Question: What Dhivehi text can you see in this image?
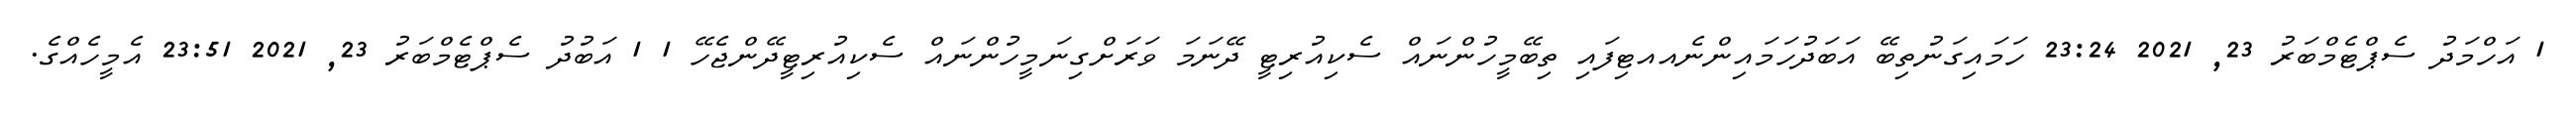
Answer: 1 އަހްމަދު ސެޕްޓެމްބަރު 23, 2021 23:24 ހަމައިގަނުތިބޭ އަބަދުހަމައިންނެއއޓިފައި ތިބޭމީހުންނައް ސެކިއުރިޓީ ދޭނަމަ ވަރަށްގިނަމީހުންނައް ސެކިއުރިޓީދޭންޖެހޭ 1 1 އަބުދު ސެޕްޓެމްބަރު 23, 2021 23:51 އެމީހެއްގެ.